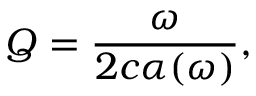
Q = \frac { \omega } { 2 c \alpha ( \omega ) } ,